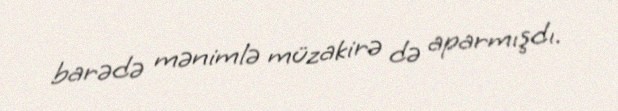
barədə mənimlə müzakirə də aparmışdı.